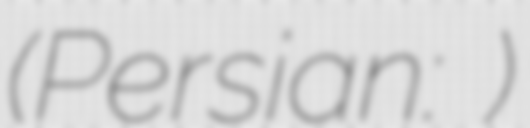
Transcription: (Persian: دهستان راهجردشرقي)